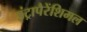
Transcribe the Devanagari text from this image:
इंट्रापैरेंशिमल